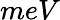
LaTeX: meV